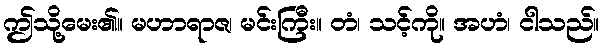
ဤသို့မေး၏။ မဟာရာဇ၊ မင်းကြီး။ တံ၊ သင့်ကို။ အဟံ၊ ငါသည်။